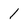
Character: 1